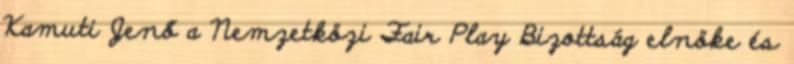
Kamuti Jenő a Nemzetközi Fair Play Bizottság elnöke és